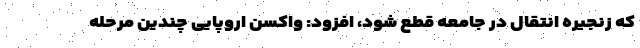
که زنجیره انتقال در جامعه قطع شود، افزود: واکسن اروپایی چندین مرحله